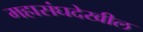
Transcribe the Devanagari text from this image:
महासंघदेखील